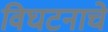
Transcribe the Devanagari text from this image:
विघटनाचे